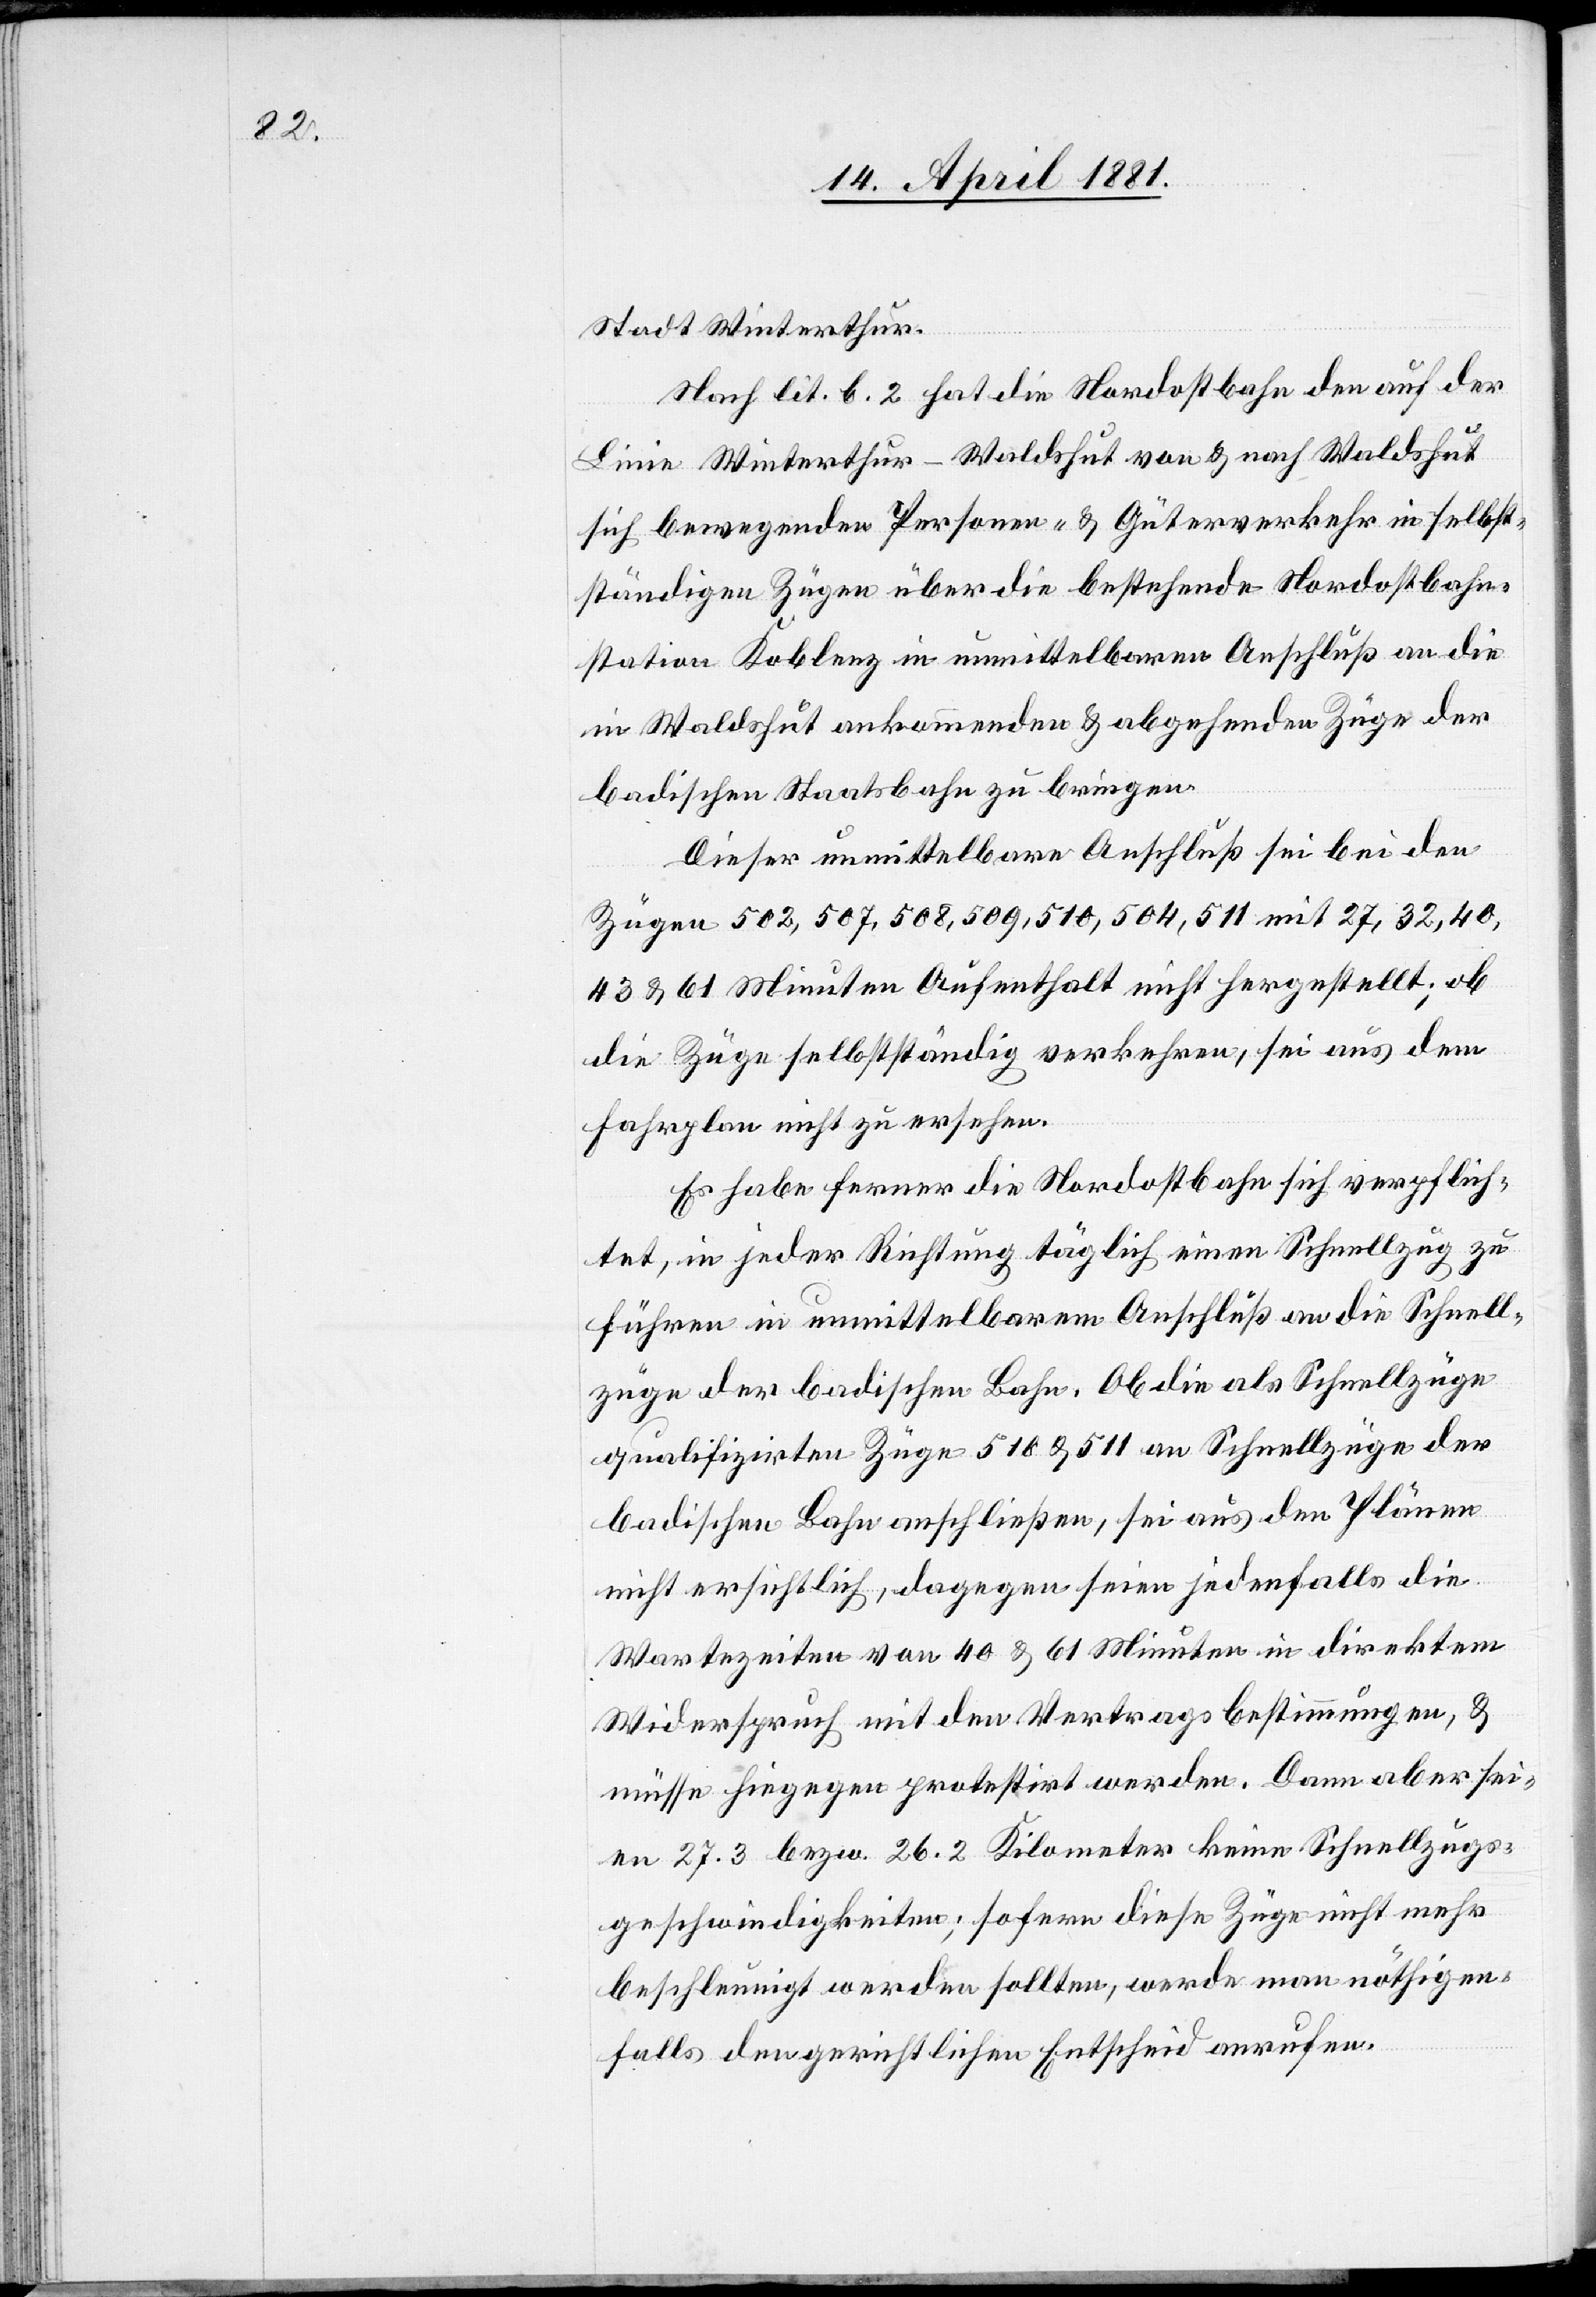
Stadt Winterthur.
Nach lit. b. 2 hat die Nordostbahn den auf der
Linie Winterthur–Waldshut von & nach Waldshut
sich bewegenden Personen- & Güterverkehr in selbst¬
ständigen Zügen über die bestehende Nordostbahn¬
station Koblenz in unmittelbaren Anschluß an die
in Waldshut ankommenden & abgehenden Züge der
badischen Staatsbahn zu bringen.
Dieser unmittelbare Anschluß sei bei den
Zügen 502, 507, 508, 509, 510, 504, 511 mit 27, 32, 40,
43 & 61 Minuten Aufenthalt nicht hergestellt; ob
die Züge selbstständig verkehren, sei aus dem
Fahrplan nicht zu ersehen.
Es habe ferner die Nordostbahn sich verpflich¬
tet, in jeder Richtung täglich einen Schnellzug zu
führen in unmittelbarem Anschluß an die Schnell¬
züge der badischen Bahn. Ob die als Schnellzüge
qualifizirten Züge 518 & 511 an Schnellzüge der
badischen Bahn anschließen, sei aus den Plänen
nicht ersichtlich, dagegen seien jedenfalls die
Wartezeiten von 40 & 61 Minuten in direktem
Widerspruch mit den Vertragsbestimmungen, &
müsse hiegegen protestirt werden. Dann aber sei¬
en 27.3 bezw. 26.2 Kilometer keine Schnellzugs¬
geschwindigkeiten; sofern diese Züge nicht mehr
beschleunigt werden sollten, werde man nöthigen¬
falls den gerichtlichen Entscheid anrufen.